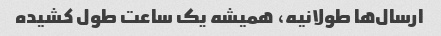
ارسال‌ها طولانیه، همیشه یک ساعت طول کشیده